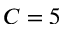
C = 5